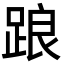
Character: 踉